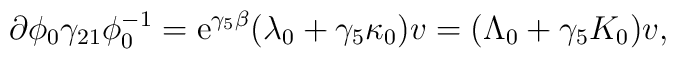
\partial\phi_0 \gamma_{21}\phi_{0}^{-1} = {\rm e}^{\gamma_5 \beta}(\lambda_0 + \gamma_5 \kappa_0)v = (\Lambda_0 + \gamma_5 K_0) v ,